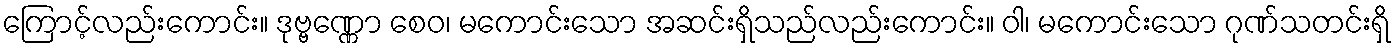
ကြောင့်လည်းကောင်း။ ဒုဗ္ဗဏ္ဏော စေဝ၊ မကောင်းသော အဆင်းရှိသည်လည်းကောင်း။ ဝါ၊ မကောင်းသော ဂုဏ်သတင်းရှိ